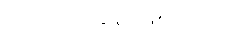
ဒါက ကာတွန်း ဖြစ်ပါတယ်။